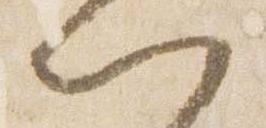
以